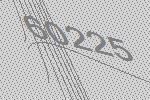
60225